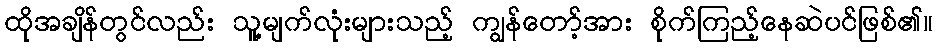
ထိုအချိန်တွင်လည်း သူ့မျက်လုံးများသည့် ကျွန်တော့်အား စိုက်ကြည့်နေဆဲပင်ဖြစ်၏။